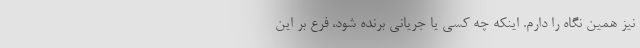
نیز همین نگاه را دارم. اینکه چه کسی یا جریانی برنده شود، فرع بر این